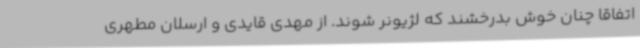
اتفاقاً چنان خوش بدرخشند که لژیونر شوند. از مهدی قایدی و ارسلان مطهری